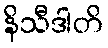
နိသီဒါတိ